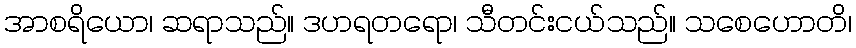
အာစရိယော၊ ဆရာသည်။ ဒဟရတရော၊ သီတင်းငယ်သည်။ သစေဟောတိ၊